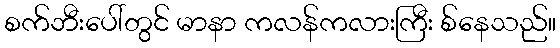
စက်ဘီးပေါ်တွင် မာနာ ကလန်ကလားကြီး စ်နေသည်။